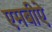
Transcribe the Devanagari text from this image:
एमबीऐ